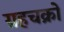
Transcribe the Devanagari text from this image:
ग्रहचक्रों